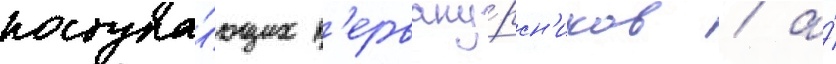
поступа́ющих п'ервоку́рсн'иков / а́